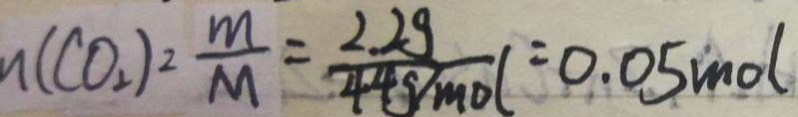
n ( C O _ { 2 } ) = \frac { m } { M } = \frac { 2 . 2 g } { 4 4 g / m o l } = 0 . 0 5 m o l